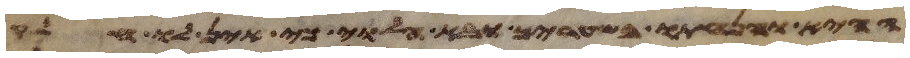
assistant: ההיא והנחתו בשעריך ובא הלוי כי אין לו חלק